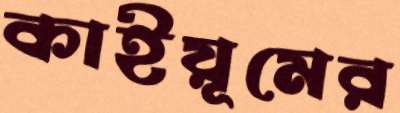
কাইয়ূমের